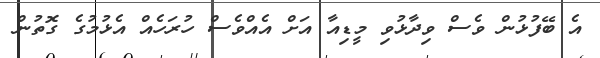
އެ ބޭފުޅުން ވެސް ވިދާޅުވި މީޑިއާ އަށް އެއްވެސް ހުރަހެއް އެޅުމުގެ ގޮތުން